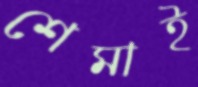
শেমাই